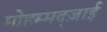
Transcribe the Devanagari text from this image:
मोहम्मद्ज़ाई